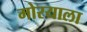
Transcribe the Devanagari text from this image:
मोरयाला